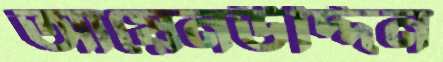
আয়েনউদ্দিন